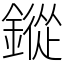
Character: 鏦